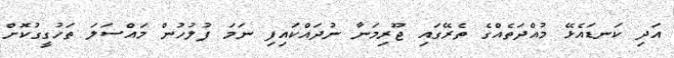
އަދި ކަނޑައެޅޭ މުއްދަތެއްގެ ތެރޭގައި ޖޫރިމަނާ ނުދައްކައިފި ނަމަ ފުލުހުން މައްސަލަ ތަހުގީގުކޮށް